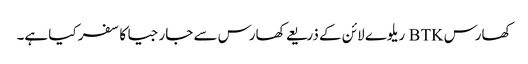
کھارس BTK ریلوے لائن کے ذریعے کھارس سے جارجیا کا سفر کیا ہے۔